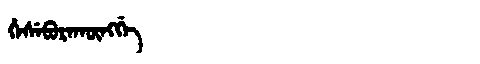
Manchu: ᡥᡝᠰᡝᠪᡠᡵᠠᡴᡡᠩᡤᡝ
Romanization: HESEBURAKŪNGGE